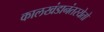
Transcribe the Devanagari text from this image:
कालखंडानंतरयेतो